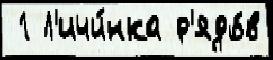
 1 Л'ичи́нка р'ядо́в